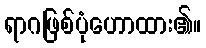
ရာဂဖြစ်ပုံဟောထား၏။